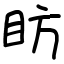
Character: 眆